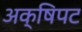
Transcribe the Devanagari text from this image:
अक्षिपट